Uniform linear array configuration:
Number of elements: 48
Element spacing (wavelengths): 0.5
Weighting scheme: blackman
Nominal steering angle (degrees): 30
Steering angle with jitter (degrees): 28.866
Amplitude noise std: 0.05
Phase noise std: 0.05

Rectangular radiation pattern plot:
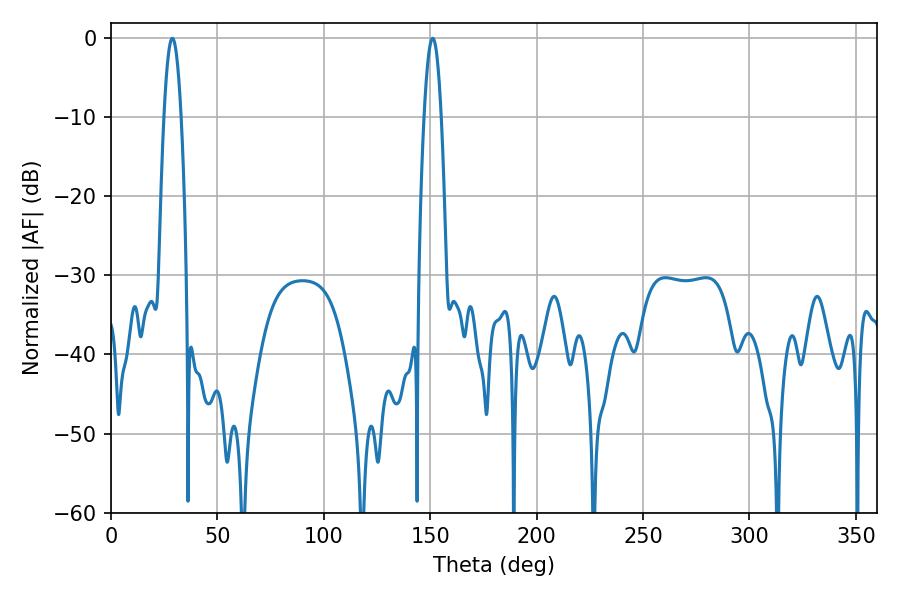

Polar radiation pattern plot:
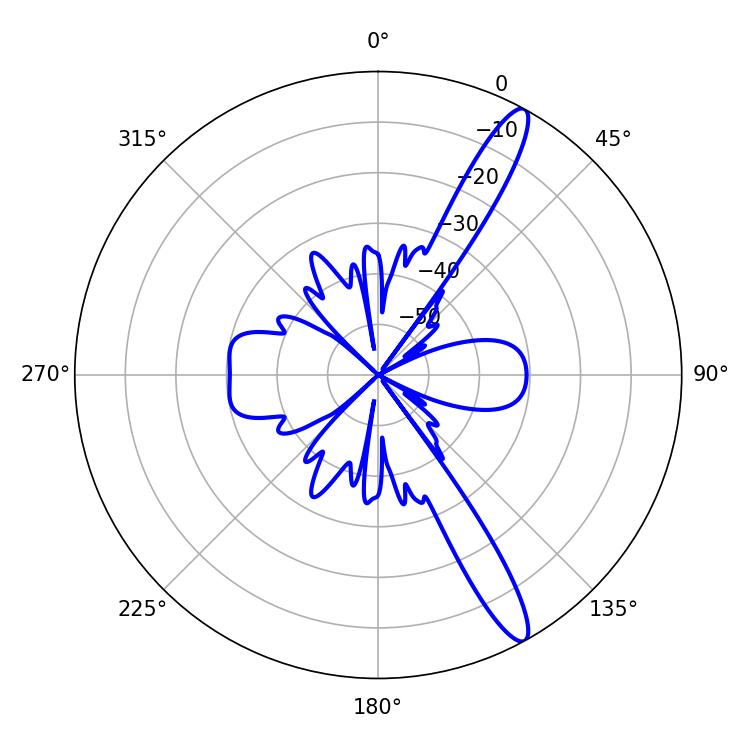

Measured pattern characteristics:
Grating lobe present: FALSE
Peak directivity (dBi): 13.948
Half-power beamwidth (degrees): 4.32
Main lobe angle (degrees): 28.8